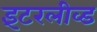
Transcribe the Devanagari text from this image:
इंटरलीव्ड